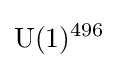
{\text{U}}(1)^{496}